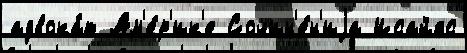
адвока́т Ам'е́р'ик'е Сочин'е́н'иjа Исайяс